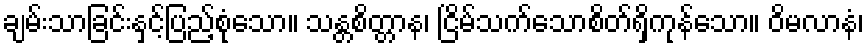
ချမ်းသာခြင်းနှင့်ပြည့်စုံသော။ သန္တစိတ္တာန၊ ငြိမ်သက်သောစိတ်ရှိကုန်သော။ ဝိမလာနံ၊